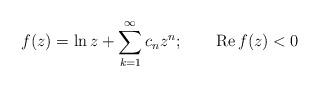
LaTeX: \begin{align*}f(z) = \ln z + \sum\limits_{k=1}^\infty c_n z^n;\qquad\mbox{Re}\,f(z)<0\end{align*}